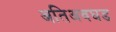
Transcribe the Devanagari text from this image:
अतिअवघड